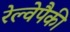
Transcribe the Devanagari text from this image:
रेल्वेपैकी